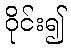
ဝိုင်း၍